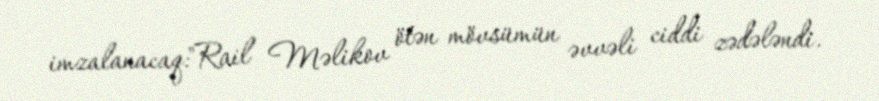
imzalanacaq:"Rail Məlikov ötən mövsümün əvvəli ciddi zədələndi.